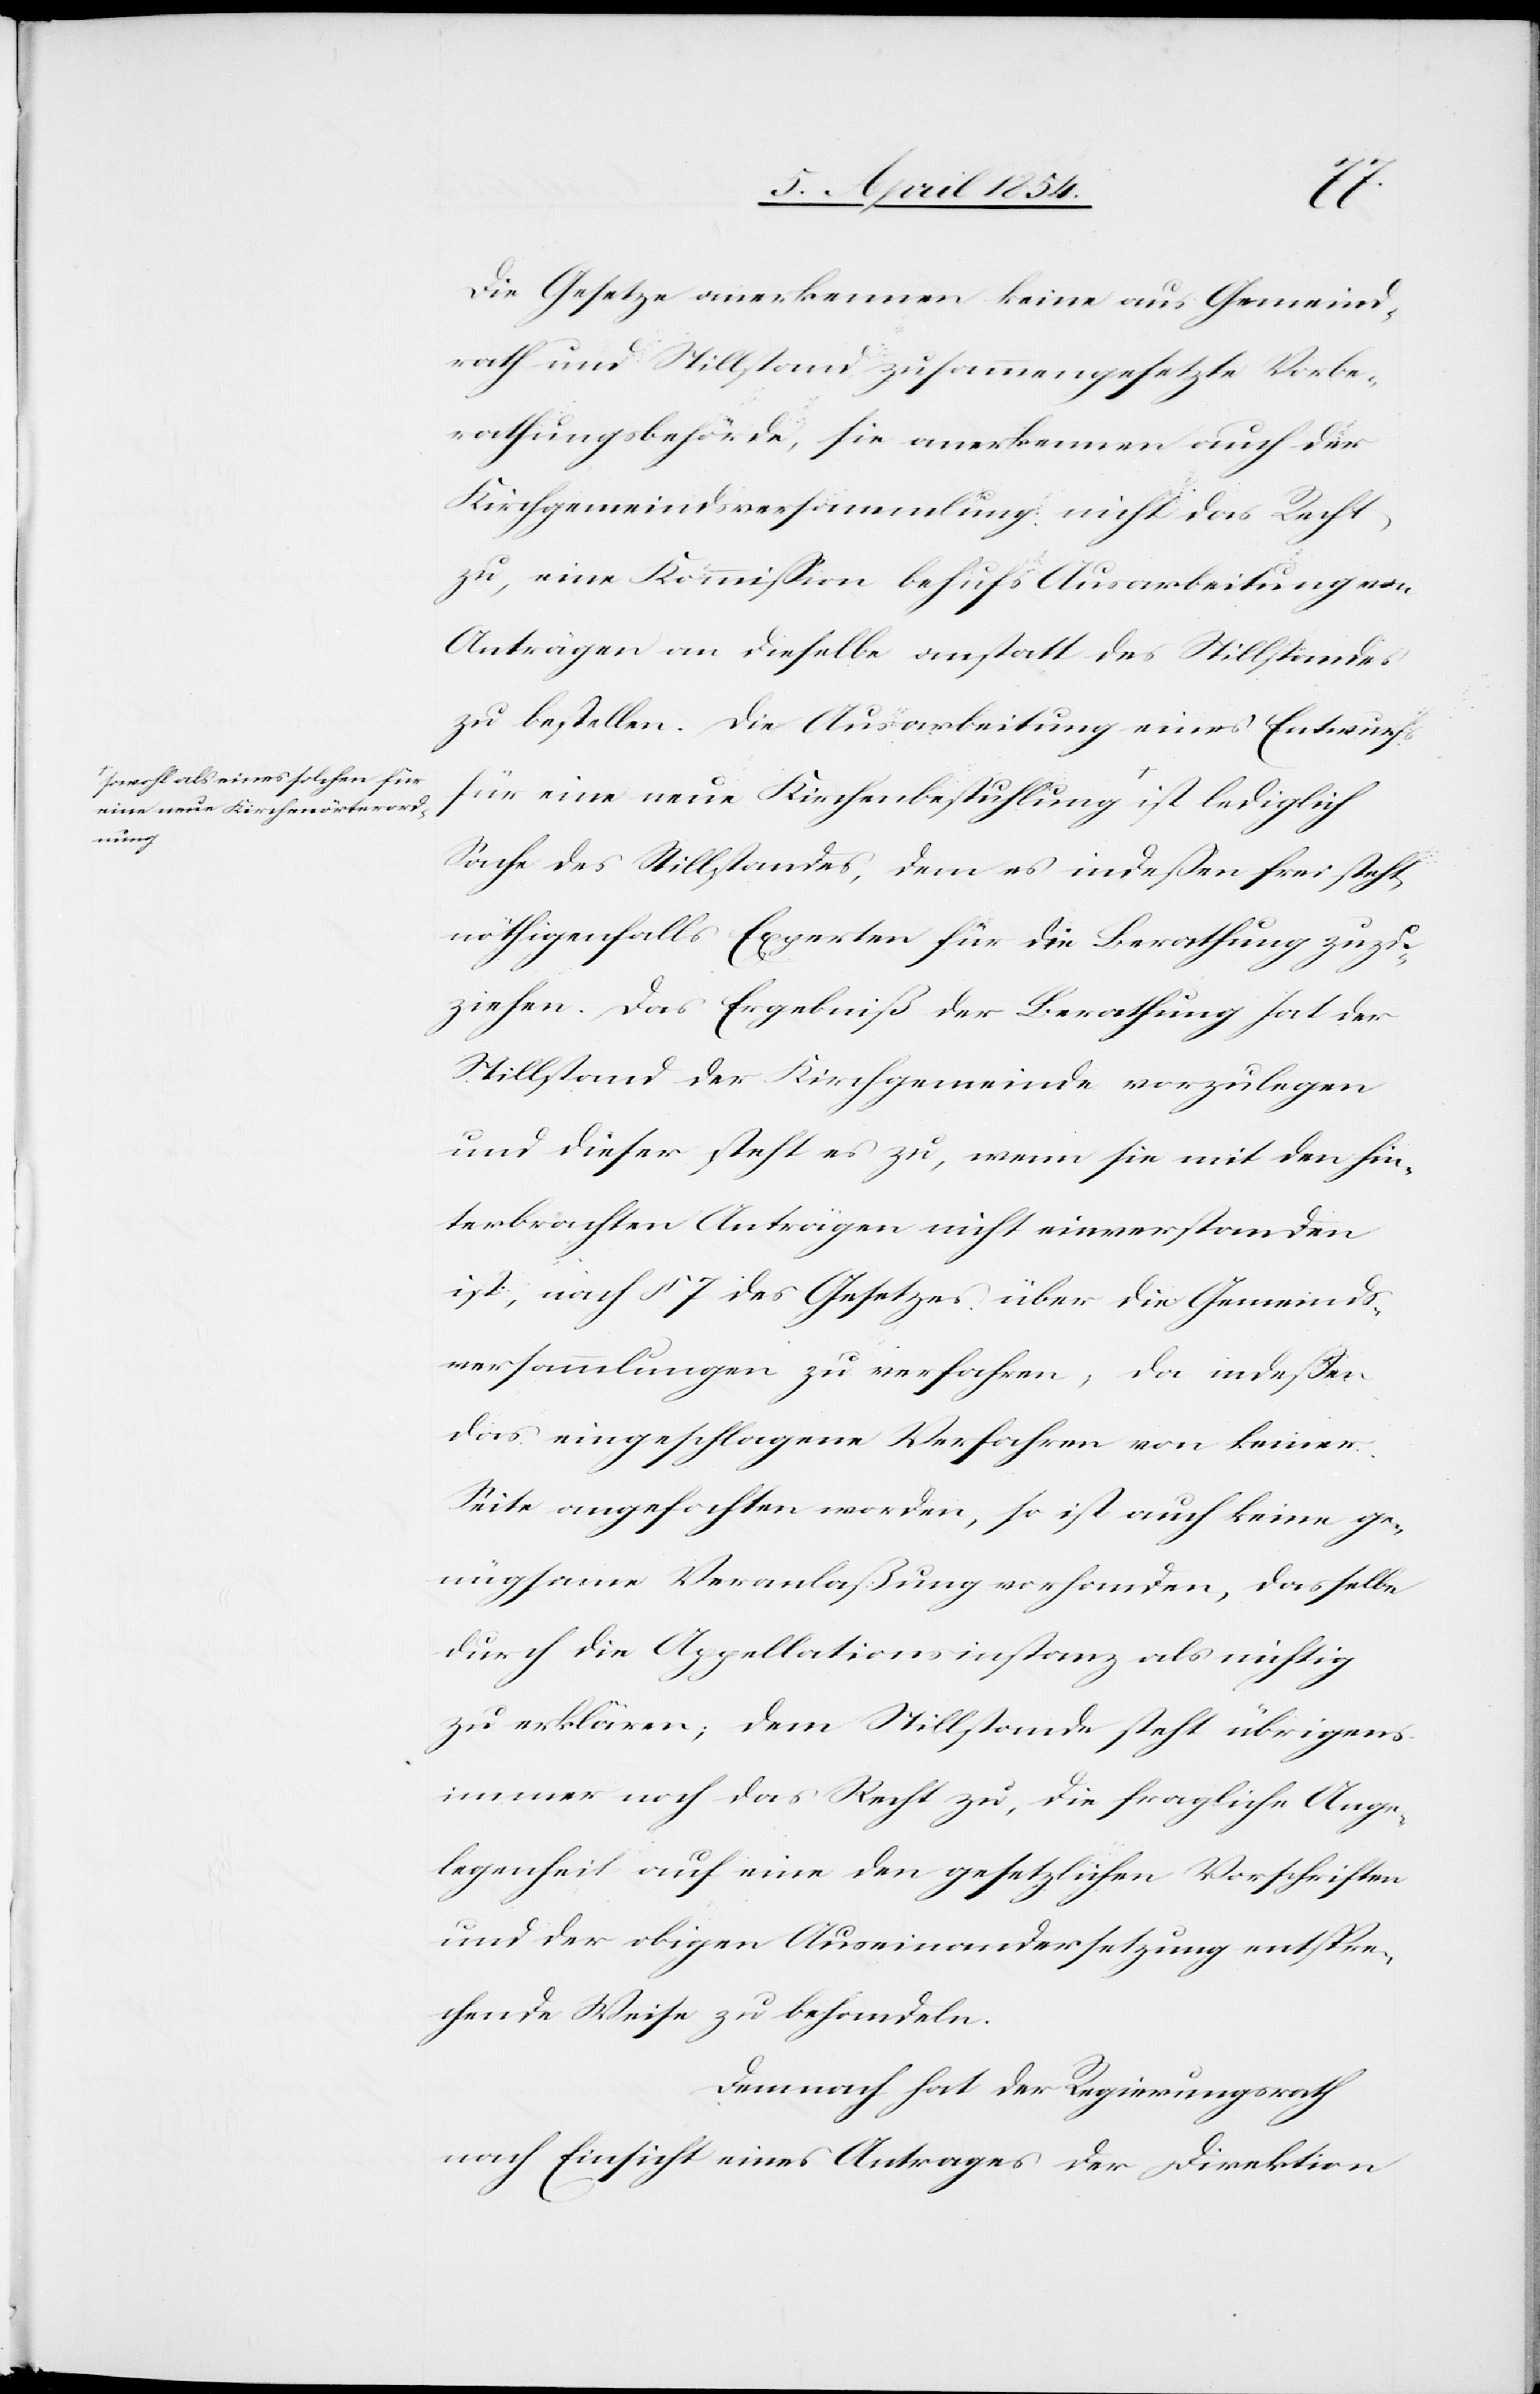
eine neue Kirchenörterord¬
nung-a

Die Gesetze anerkennen keine aus Gemeind¬
rath und Stillstand zusammengesetzte Vorbe¬
rathungsbehörde, sie anerkennen auch der
Kirchgemeindsversammlung nicht das Recht
zu, eine Kommißion behufs Ausarbeitung von
Anträgen an dieselbe anstatt des Stillstandes
zu bestellen. Die Ausarbeitung eines Entwurfs
für eine neue Kirchenbestuhlung a-sowohl als eines
Sache des Stillstandes, dem es indeßen frei steht,
nöthigenfalls Experten für die Berathung zuzu¬
ziehen. Das Ergebniß der Berathung hat der
Stillstand der Kirchgemeinde vorzulegen
und dieser steht es zu, wenn sie mit den hin¬
terbrachten Anträgen nicht einverstanden
ist, nach § 7 des Gesetzes über die Gemeinds¬
versammlungen zu verfahren, da indeßen
das eingeschlagene Verfahren von keiner
Seite angefochten worden, so ist auch keine ge¬
nügsame Veranlaßung vorhanden, dasselbe
durch die Appellationsinstanz als nichtig
zu erklären; dem Stillstande steht übrigens
immer noch das Recht zu, die fragliche Ange¬
legenheit auf eine den gesetzlichen Vorschriften
und der obigen Auseinandersetzung entspre¬
chende Weise zu behandeln.
Demnach hat der Regierungsrath
nach Einsicht eines Antrages der Direktion